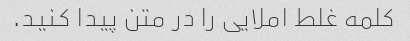
کلمه غلط املایی را در متن پیدا کنید.